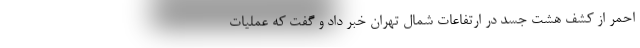
احمر از کشف هشت جسد در ارتفاعات شمال تهران خبر داد و گفت که عملیات